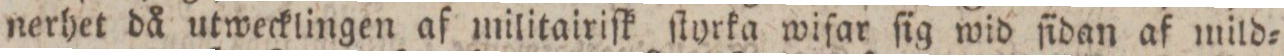
nerhet då utwecklingen af militairiſk ſtyrka wifar ſig wid fidan af mild=